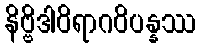
နိဗ္ဗိဒါဝိရာဂဝိပန္နဿ